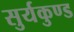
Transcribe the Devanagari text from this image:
सुर्यकुण्ड